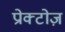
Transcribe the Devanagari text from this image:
प्रोक्टोज़